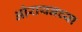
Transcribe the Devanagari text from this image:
ओरायनच्या